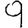
Digit: 9